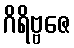
ဂိရိဗ္ဗဇေ